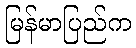
မြန်မာပြည်က